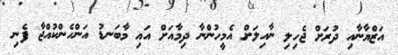
އަޒްޔާނާއި ދުރަށް ޖެހިލި ނާއިލަށް އެމީހުންނާ ދިމާއަށް އައި މާބަނޑު އަންހެންކުއްޖާ ފެނި